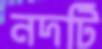
নদটি